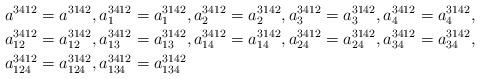
LaTeX: \begin{align*}a^{3412} & =a^{3142},a_{1}^{3412}=a_{1}^{3142},a_{2}^{3412}=a_{2}^{3142},a_{3}^{3412}=a_{3}^{3142},a_{4}^{3412}=a_{4}^{3142},\\a_{12}^{3412} & =a_{12}^{3142},a_{13}^{3412}=a_{13}^{3142},a_{14}^{3412}=a_{14}^{3142},a_{24}^{3412}=a_{24}^{3142},a_{34}^{3412}=a_{34}^{3142},\\a_{124}^{3412} & =a_{124}^{3142},a_{134}^{3412}=a_{134}^{3142}\end{align*}